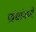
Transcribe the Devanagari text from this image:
प्रबंधांमध्ये